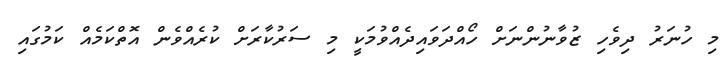
މި ހުނަރު ދިވެހި ޒުވާނުންނަށް ހޯއްދަވައިދެއްވުމަކީ މި ސަރުކާރަށް ކުރެއްވެން އޮތްކަމެއް ކަމުގައި